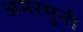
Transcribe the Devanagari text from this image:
अमरमुनी